Annual report of the Punjab Veterinary College and of the Civil Veterinary Department, Punjab - 1920-1925
Year: 1920
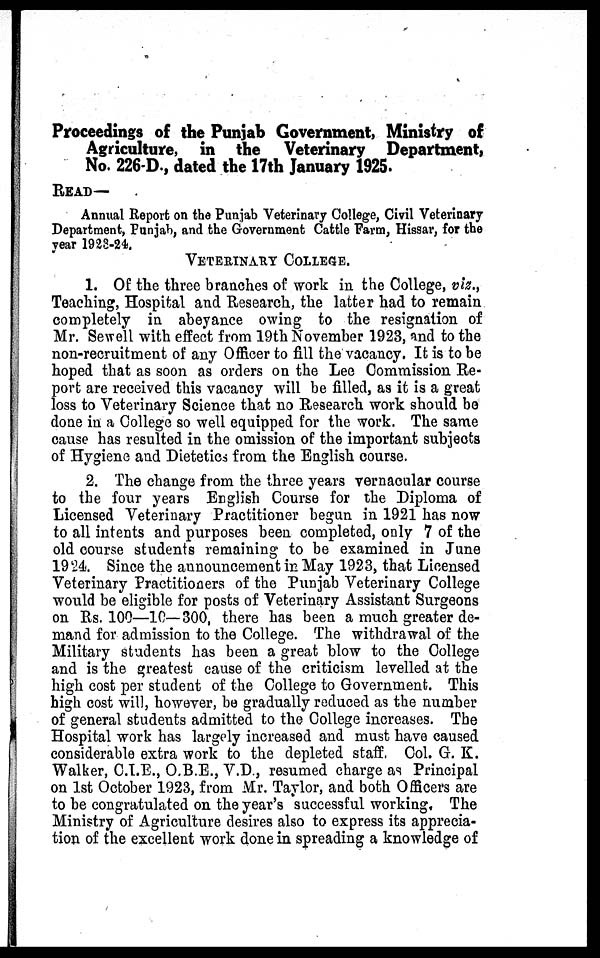
Proceedings of the Punjab Government, Ministry of
Agriculture, in the Veterinary Department,
No. 226-D., dated the 17th January 1925.
READ—
Annual Report on the Punjab Veterinary College, Civil Veterinary
Department, Punjab, and the Government Cattle Farm, Hissar, for the
year 1923-24.
VETERINARY COLLEGE.
1. Of the three branches of work in the College, viz.,
Teaching, Hospital and Research, the latter had to remain
completely in abeyance owing to the resignation of
Mr. Sewell with effect from 19th November 1923, and to the
non-recruitment of any Officer to fill the vacancy. It is to be
hoped that as soon as orders on the Lee Commission Re-
port are received this vacancy will be filled, as it is a great
loss to Veterinary Science that no Research work should be
done in a College so well equipped for the work. The same
cause has resulted in the omission of the important subjects
of Hygiene and Dietetics from the English course.
2. The change from the three years vernacular course
to the four years English Course for the Diploma of
Licensed Veterinary Practitioner begun in 1921 has now
to all intents and purposes been completed, only 7 of the
old course students remaining to be examined in June
1924. Since the announcement in May 1923, that Licensed
Veterinary Practitioners of the Punjab Veterinary College
would be eligible for posts of Veterinary Assistant Surgeons
on Rs. 100—10—300, there has been a much greater de-
mand for admission to the College. The withdrawal of the
Military students has been a great blow to the College
and is the greatest cause of the criticism levelled at the
high cost per student of the College to Government. This
high cost will, however, be gradually reduced as the number
of general students admitted to the College increases. The
Hospital work has largely increased and must have caused
considerable extra work to the depleted staff, Col. G. K.
Walker, C.I.E., O.B.E., V.D., resumed charge as Principal
on 1st October 1923, from Mr. Taylor, and both Officers are
to be congratulated on the year's successful working. The
Ministry of Agriculture desires also to express its apprecia-
tion of the excellent work done in spreading a knowledge of